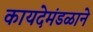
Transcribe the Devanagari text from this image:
कायदेमंडळाने